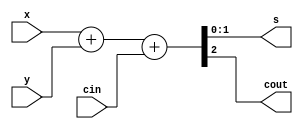
module rca_n(x,y,cin,s,cout);
	parameter WIDTH = 2 ;
	input [WIDTH-1:0] x,y;
	input cin;
	output cout;
	output [WIDTH-1:0] s;
	wire [WIDTH:0] temp;

	assign temp = x + y + cin;
	assign s = temp[WIDTH-1:0];
	assign cout = temp[WIDTH];

endmodule